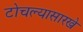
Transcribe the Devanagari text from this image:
टोचल्यासारखे